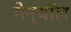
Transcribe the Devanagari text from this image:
मेन्थॉल